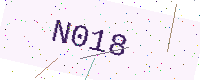
Text: N018